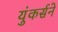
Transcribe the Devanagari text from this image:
युंकर्सने